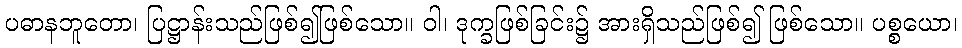
ပဓာနဘူတော၊ ပြဋ္ဌာန်းသည်ဖြစ်၍ဖြစ်သော။ ဝါ၊ ဒုက္ခဖြစ်ခြင်း၌ အားရှိသည်ဖြစ်၍ ဖြစ်သော။ ပစ္စယော၊